Civil Veterinary Department. United Provinces 1923-31 - 1923-1931
Year: 1923
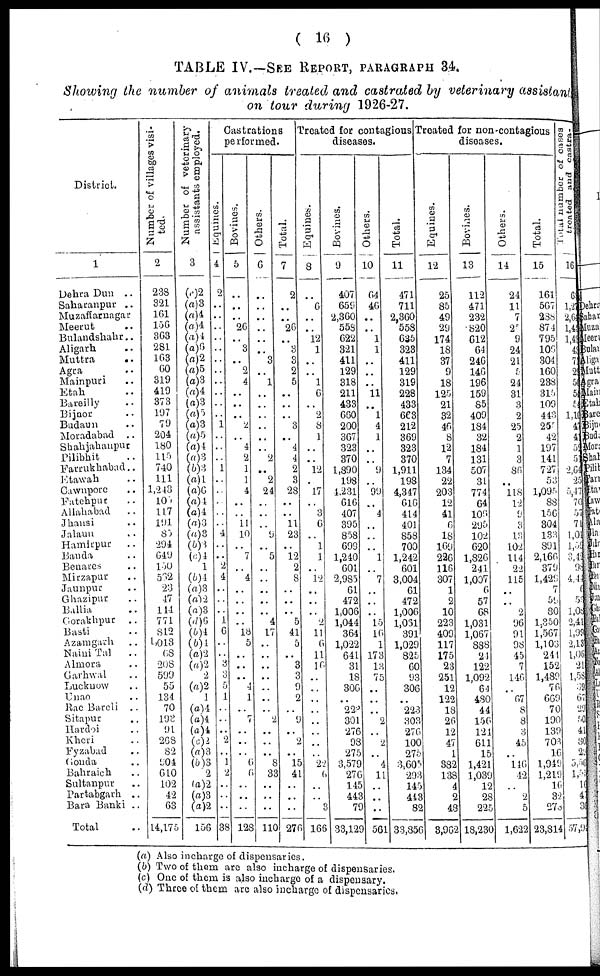
( 16 )
TABLE IV.—SEE REPORT, PARAGRAPH 34.
Showing the number of animals treated and castrated by veterinary assistant
on tour during 1926-27.
District.
1
Dehra Dun ..
Saharanpur ..
Muzaftamngar
Meerut ..
Bulandshahr..
Aligarh ..
Muttra
..
Agra ..
Mainpuri ..
Etah ..
Bareilly ..
Bijnor
..
Budaun ..
Moradabad
..
Shajahanpur
Pilibhit ..
Farrukhabad ..
Etawah ..
Cawnpore ..
Fatehpur ..
Allahabad ..
Jhansi ..
Jalaun ..
Hamirpur ..
Banda..
Benares ..
Mirzapur ..
Jaunpur
Ghazipur
Ballia
Gorakhpur
..
Basti
Azamgarh ..
Naini Tal ..
Almora ..
Garhwal ..
Lucknow ..
Unao ..
Rae Bareli ..
Sitapur ..
Hardoi ..
Kheri ..
Fyzabad ..
Gonda ..
Bahraich ..
Sultanpur ..
Partabgarh ..
Bara Banki ..
Total ..
Number of villages visi-
ted.
2
238
321
161
150
363
281
163
60
319
410
373
197
79
204
180
115
740
111
1,243
100
117
191
85
294
649
150
562
23
17
114
771
812
1,013
68
208
599
55
134
70
198
91
268
82
904
610
102
42
63
14,175
Number of veterinary
assistants employed.
3
(a)2
(a)3
(a)4
(a)4
(a)4
(a)6
(a)2
(a)5
(a)3
(a)4 (a)3
(a) 5
(a)3
(a)5
(a)4
(a)3
(b)3
(a)1
(a)6
(a) 4
(a)4
(a)3
(a)3
(b)3
(c)4
1
(b)4
(a)3
(a)2
(a)3
(d)6
(b)4
(b)4
(a)2
(a)2
2
(a)2
1
(a)4
(a)4
(a)4
(c)2
(a)8
(b)3
2
(a)2
(a)3
(a)2
156
Castrations
Performed.
Castcations
performed.
Equines.
4
2
..
..
..
..
..
..
..
..
..
..
..
1
..
..
..
1
..
..
..
..
..
4
..
..
2
4
..
..
..
1
6
..
..
3
3
5
1
..
..
..
2
..
1
2
..
..
..
38
Bovinues.
5
..
..
..
26
..
3
.. 2
4
..
..
..
2
..
4
2
1
1
4
..
..
11
10
..
7
..
4
..
..
..
..
18
5
..
..
..
4
1
..
7
..
..
..
6
6
..
..
..
128
Others.
6
..
..
..
..
..
..
3
..
1
..
..
..
..
..
..
2
..
2
24
..
..
..
9
..
5
..
..
..
..
..
4
17
..
..
..
..
..
..
..
..
..
..
8
3
..
..
..
110
Total.
7
2
..
..
20
..
3
3
2
5
..
..
..
3
..
4
4
2
3
28
..
..
11
23
..
12
2
8
..
..
..
5
41
5
..
3
3
9 2
..
..
..
2
..
15
33
..
..
..
276
Treated for contagious
diseases.
Equines.
8
..
6
..
..
12
1
..
..
l 6
..
2
8
1
..
..
12
..
17
..
3
6
..
1
1
..
12
..
..
..
2
11
6
11
16
..
..
..
..
..
..
22
6
..
..
3
166
Bovines.
9
407
659
2,360
558
622
321
411
129
318
211
433
660
200
367
323
370
1,890
198
1,231
616
407
395
858
699
1,240
601
2,985
61
472
1,006
1,044
364
1,022
641
31
18
306
..
220
301
276
98
275
3,579
276
145
443
79
33,129
Others.
10
64
40
..
..
1
1
..
..
.. 11
..
1
4
1
..
..
9
..
99
..
4
..
..
..
1
..
7
..
..
..
15
16
1
173
13
75
..
..
..
2
..
2
..
4
11
..
..
..
561
Total.
11
471
711
2,860
558
635
328
411
129
319
228
433
6€8
212
369
323
370
1,911
198
4,347
616
414
401
858
700
1,242
601
3,004
61
472
1 006
1,051
891
1,029
825
60
93
306
..
223
303
270
100
276
3,605
293
145
413
82
33,356
Treated for non-contagious
diseases.
Equines.
12
25
86
49
29
174
18
37
9
18
125
21
32
46
8
12
7
134
22
203
12
41
6
18
169
226
116
307
1
2
10
223
409
117
175
23
251
12
122
18
26
12
47
1
882
138
4
2
48
8,902
Bovines.
13
112
471
232
820
612
64
246
146
196
159
85
409
184
32
184
131
507
31
774
64
106
295
102
620
1,826
241
1,007
6
17
68
1,031
1,067
838
21
122
1,092
64
480
44
150
121
611
15
1,421
1,039
12
28
225
18,230
Others.
14
24
11
7
2
9
24
21
5
24
31
3
2
25
2
1
3
86
..
118
12
9
3
13
102
114
22
115
..
..
2
96
91
98
45
7
110
..
67
8
8
..
45
..
110
42
..
..2
5
1,622
Total.
15
161
567
238
871
795
10f.
304
160
288
315
109
443
25
42
197
141
727
53
1,095
88
156
304
133
891
2,166
379
1,425
7
59
80
1,350
1,567
1,103
241
152
1,489
76
669
70
190
139
703
10
1,949
1,219
10
32
278
23,814
Total number of cases
treated
and
castra-
16
63
1,27
2,64
1,45
1,43
43
71
29
50
54
54
1,10
47
41
52
51
2,64
25
5,47
70
57
71
1,01
1,59
3,42
98
4,42
6
53
1, 08
2,41
1,99
2.13
1,06
21
1,58
39
67
29
50
41
80
29
5,56
1,55
10
42
30
57,94
(a) Also in charge of dispensaries.
(b) Two of them are also incharge of dispensaries.
(c) One of them is also incharge of a dispensary.
(d) Three of them arc also incharge of dispensaries.